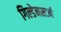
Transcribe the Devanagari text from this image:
गिल्डेनस्टर्न